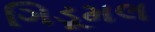
ગિડૂમલ